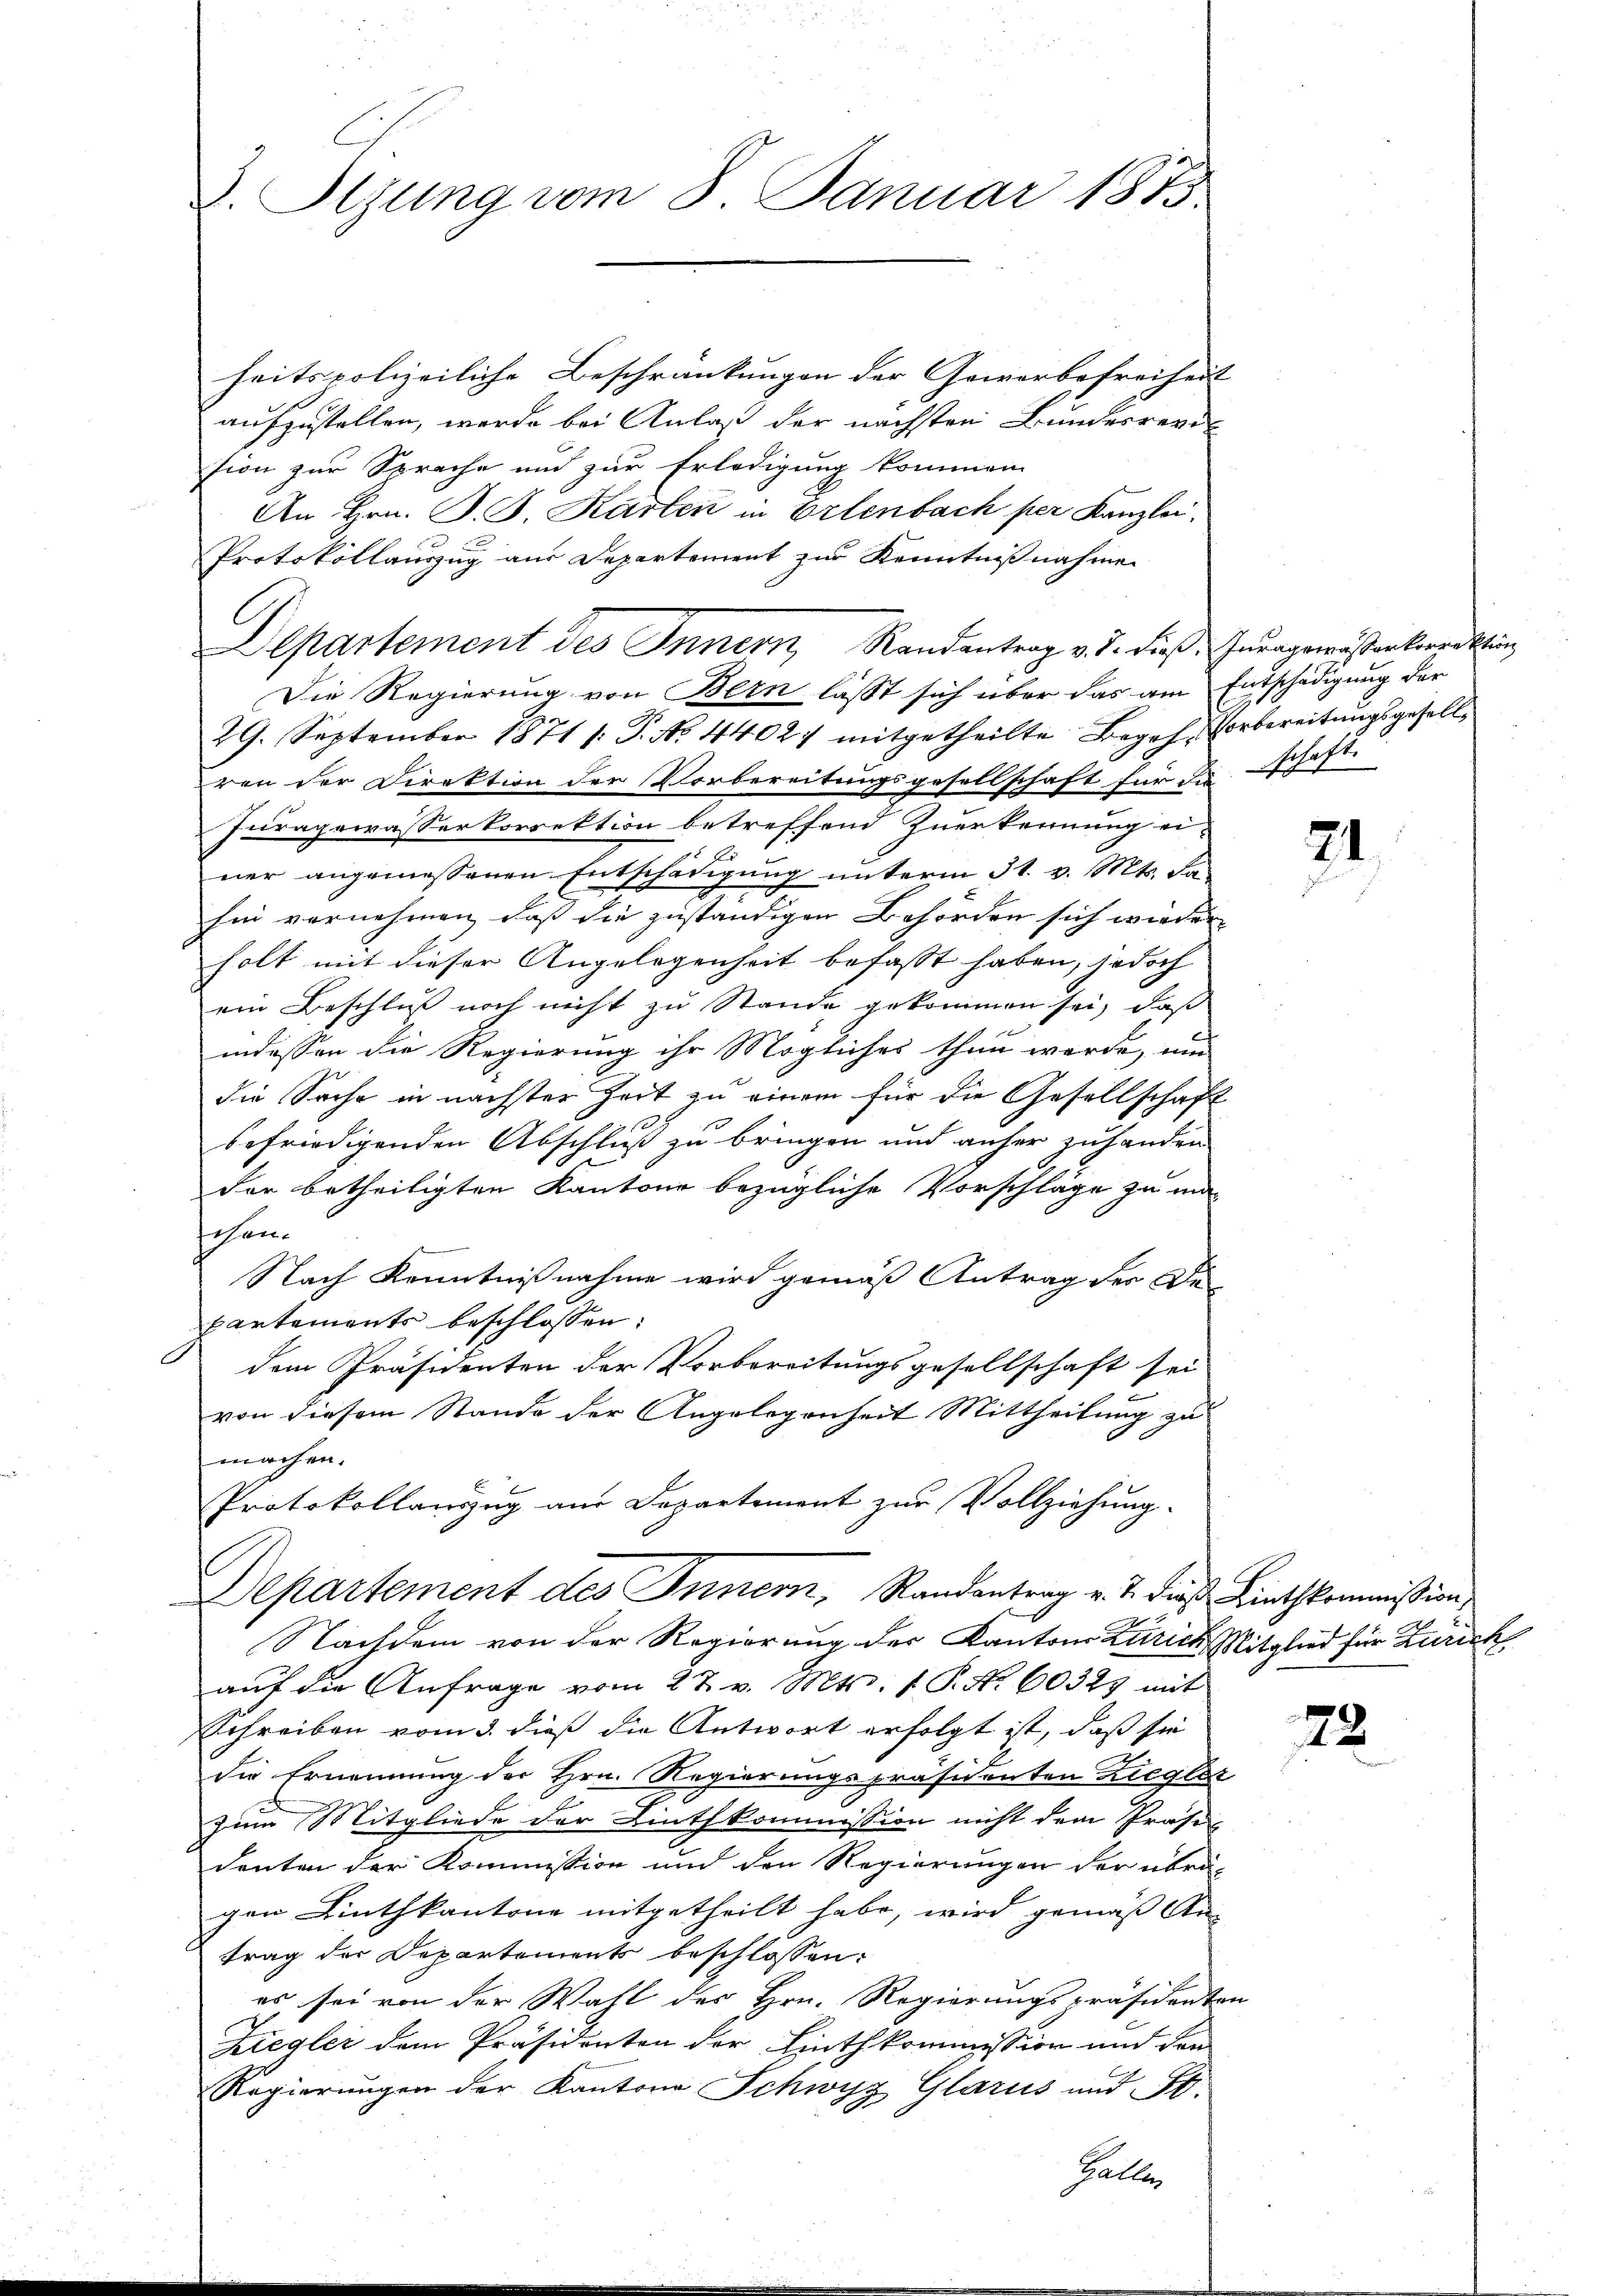
v. Szung vom 8. Januar 1873.

heitspolizeiliche Beschränkungen der Gewerbefreiheit |
aufzustellen, werde bei Anlaß der nächsten Bundesreves
sion zur Sprache und zur Erledigung kommen
An Hrn. P. B. Karten in Erlenbach per Kanzlei:
Protokollauszug aus Departement zur Kenntnißnahmen
29. September 1871 /: P. No. 44027 mitgetheilte Begeh- Vorbereitŭngsgesell-
ren der Direktion der Vorbereitungsgesellschaft für die schaft.
Juragewässerkorrektion betreffend Zuerkennung ei-
ner angemessenen Entschädigung unterm 31. v. Mts. Fahin vornehmen, daß die zuständigen Behörden sich wieder
holt mit dieser Angelegenheit befasst haben, jedoch
ein Beschluß noch nicht zu Stande gekommen sei, daß
indessen die Regierung ihr Mögliches thun werde, um
die Sache in nächster Zeit zu einem für die Gesellschaft
befriedigenden Abschluß zu bringen und anher zu handen
der betheiligten Kantone bezügliche Vorschläge zu ma-
schen.
Nach Kenntnißnahme wird gemäß Antrag des De-
partements beschlossen:
dem Präsidenten der Vorbereitungsgesellschaft sei
von diesem Stande der Angelegenheit Mittheilung zu
machen.
Protokollauszug aus Departement zur Vollziehung.
Departement des Innern, Randantrag v. 2. dieß Linthkommißion,
Nachdem von der Regierung der Kantons Zürich Mitglied für Zürich
auf die Anfrage vom 27. v. Mts. f. P. Nr. 60325 mit
Schreiben vom 3. dieß die Antwort erfolgt ist, daß sie
die Ernennung der Hrn. Regierungspräsidenten Ziegler
zum Mitgliede der Linthkommission nicht dem Präse
denten der Kommission und den Regierungen der übri-
gen Linthkantone mitgetheilt habe, wird gemäß Antrag der Departements beschlossen:
es sei von der Wahl des Hrn. Regierungspräsidenten
Ziegler dem Präsidenten der Linthkommission und den
Regierungen der Kantone Schwyz Glarus und St.
Haller

l

Departement des Innern Randantrag v. J. dieß. Zuragewesenkorrektin
Die Regierung von Bern lasst sich über das am Entschädigung der

e

21.

72